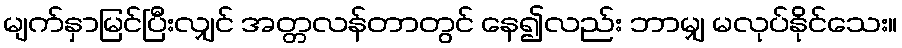
မျက်နှာမြင်ပြီးလျှင် အတ္တလန်တာတွင် နေ၍လည်း ဘာမျှ မလုပ်နိုင်သေး။